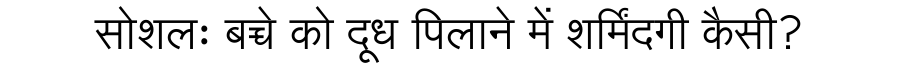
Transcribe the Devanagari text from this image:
सोशलः बच्चे को दूध पिलाने में शर्मिंदगी कैसी?